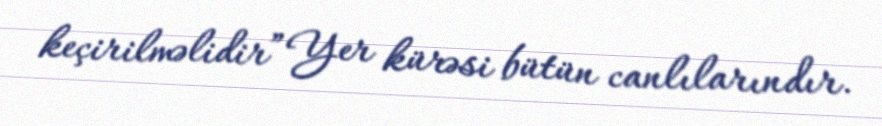
keçirilməlidir” Yer kürəsi bütün canlılarındır.